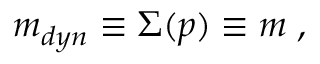
m _ { d y n } \equiv \Sigma ( p ) \equiv m \; ,